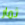
ثمار